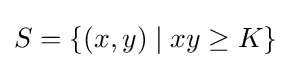
S=\{(x,y)\mid xy\geq K\}